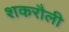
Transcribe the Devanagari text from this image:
शकरौली